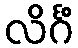
လိင်္ဂံ